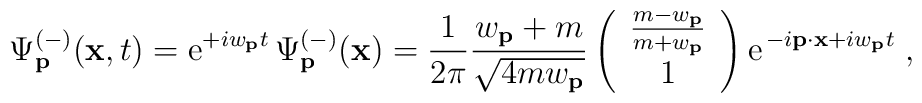
\Psi _{{\bf p}}^{(-)}({\bf x},t)={\rm e}^{+iw_{{\bf p}}t}\,\Psi _{{\bf p}}^{(-)}({\bf x})=\frac{1}{{2\pi }}\frac{w_{{\bf p}}+m}{\sqrt{4mw_{{\bf p}}}}\left( \begin{array}{c}\frac{m-w_{{\bf p}}}{m+w_{{\bf p}}} \\ 1\end{array}\right) {\rm e}^{\,-i{\bf p}\cdot {\bf x}+iw_{{\bf p}}t}\;,